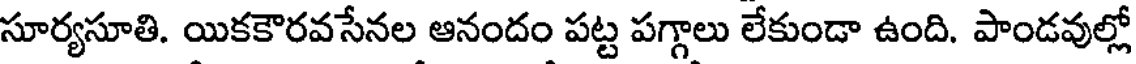
సూర్యసూతి. యికకౌరవసేనల ఆనందం పట్ట పగ్గాలు లేకుండా ఉంది. పాండవుల్లో